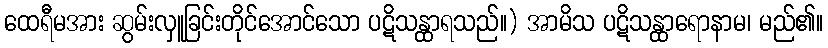
ထေရီမအား ဆွမ်းလှူခြင်းတိုင်အောင်သော ပဋိသန္ထာရသည်။) အာမိသ ပဋိသန္ထာရောနာမ၊ မည်၏။